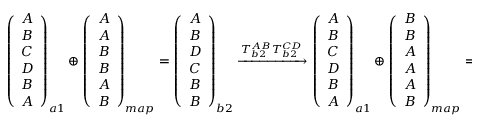
\begin{array} { r } { \left( \begin{array} { c } { A } \\ { B } \\ { C } \\ { D } \\ { B } \\ { A } \end{array} \right) _ { a 1 } \oplus \left( \begin{array} { c } { A } \\ { A } \\ { B } \\ { B } \\ { A } \\ { B } \end{array} \right) _ { m a p } = \left( \begin{array} { c } { A } \\ { B } \\ { D } \\ { C } \\ { B } \\ { B } \end{array} \right) _ { b 2 } \xrightarrow [ ] { T _ { b 2 } ^ { A B } T _ { b 2 } ^ { C D } } \left( \begin{array} { c } { A } \\ { B } \\ { C } \\ { D } \\ { B } \\ { A } \end{array} \right) _ { a 1 } \oplus \left( \begin{array} { c } { B } \\ { B } \\ { A } \\ { A } \\ { A } \\ { B } \end{array} \right) _ { m a p } = \left( \begin{array} { c } { B } \\ { A } \\ { C } \\ { D } \\ { B } \\ { B } \end{array} \right) _ { b 2 } } \end{array}